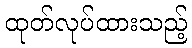
ထုတ်လုပ်ထားသည့်